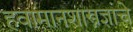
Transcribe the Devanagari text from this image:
हवामानशास्त्रज्ञांचे